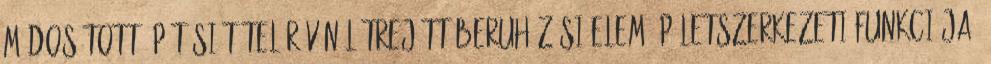
módosított építési tétel révén létrejött beruházási elem épületszerkezeti funkciója,